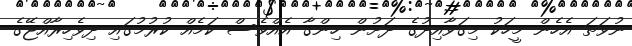
ނުވަތަ އެހެން މީހަކު މިގަވާއިދުގެ ދަށުން ހިންގާ އެއްވެސް ކަމެއް ކުރުމުގައި ދިވެހިރާއްޖޭގެ